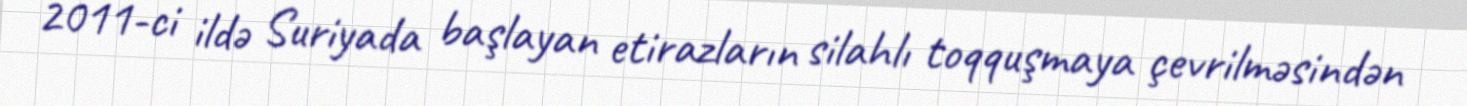
2011-ci ildə Suriyada başlayan etirazların silahlı toqquşmaya çevrilməsindən